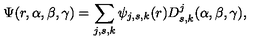
\Psi ( r , \alpha , \beta , \gamma ) = \sum _ { j , s , k } \psi _ { j , s , k } ( r ) D _ { s , k } ^ { j } ( \alpha , \beta , \gamma ) ,